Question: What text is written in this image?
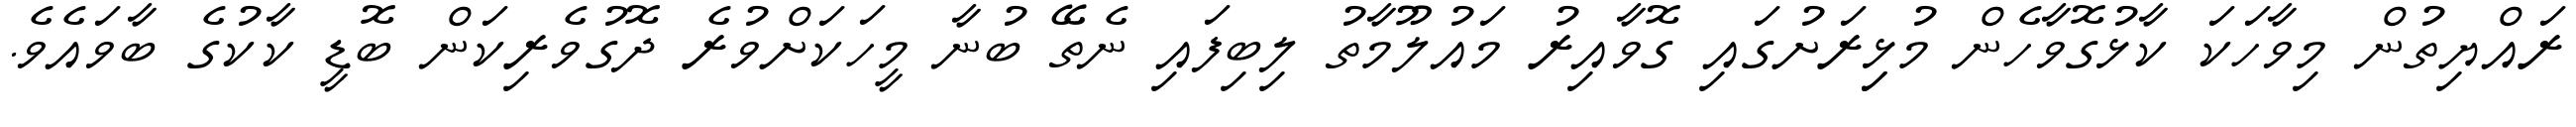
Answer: ރައްޔިތުން މިވާހަކަ ކާޅުގޮވާހެން މުޅިިރަށުގައި ގޮވާއިރު މައުލޫމާތު ލިބިފައި ނެތޭ ބުނާ މީހަކަށްވުރެ ދޮގުވެރިކަން ބޮޑީ ކާކުގެ ބާވައެވެ.